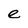
Character: e